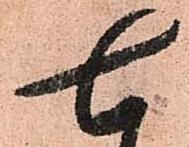
七